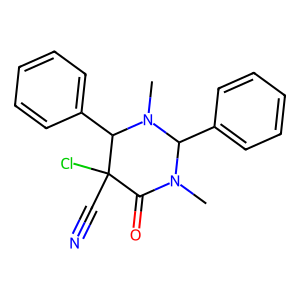
SMILES: CN1C(=O)C(Cl)(C#N)C(c2ccccc2)N(C)C1c1ccccc1
Inhibits HIV replication: No